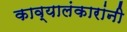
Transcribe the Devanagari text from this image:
काव्यालंकारांनी